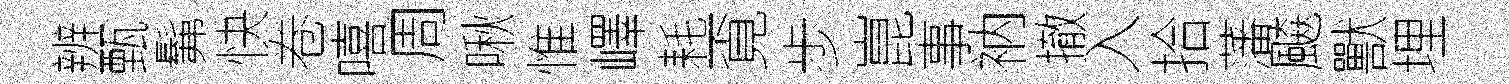
辨甄髴快卷嘻周啾惟嶧耗覔歩崑事衲撤入拾藩飇獸埋